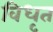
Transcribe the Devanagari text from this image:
विधृत